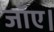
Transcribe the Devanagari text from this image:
जाँए।